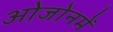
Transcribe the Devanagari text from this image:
ओजोनमें